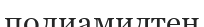
полиамидтен